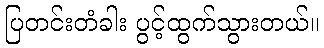
ပြတင်းတံခါး ပွင့်ထွက်သွားတယ်။